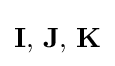
{\textbf {I}},\,{\textbf {J}},\,{\textbf {K}}